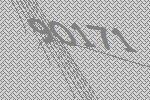
90171